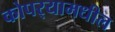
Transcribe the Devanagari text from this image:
कोपर्‍यामधील